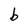
Character: b